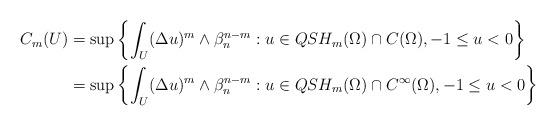
LaTeX: \begin{align*}\begin{aligned}C_m(U)&=\sup\left\{\int_{U}(\Delta u)^m\wedge\beta_n^{n-m}:u\in QSH_m(\Omega)\cap C(\Omega), -1\leq u<0\right\}\\&=\sup\left\{\int_{U}(\Delta u)^m\wedge\beta_n^{n-m}:u\in QSH_m(\Omega)\cap C^{\infty}(\Omega), -1\leq u<0\right\}\end{aligned}\end{align*}